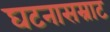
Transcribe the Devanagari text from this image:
घटनासम्राट